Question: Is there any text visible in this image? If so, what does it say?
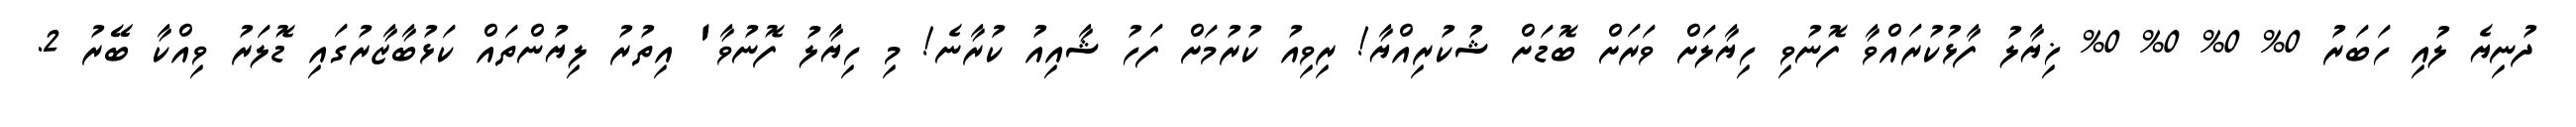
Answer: ދުނިޔެ ލުއި ހަބަރު 0% 0% 0% 0% ޚިޔާލު ފާޅުކުރައްވާ ފޮނުވި ހިޔާލަށް ވަރަށް ބޮޑަށް ޝުކުރިއްޔާ! ރިވިއު ކުރުމަށް ފަހު ޝާއިއު ކުރާނެ! މި ހިޔާލު ފޮނުވާ' އިތުރު ލިޔުންތައް ކަޅުބާޒާރުގައި ޑޮލަރު ވިއްކާ ބޭރު 2.